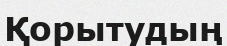
Қорытудың